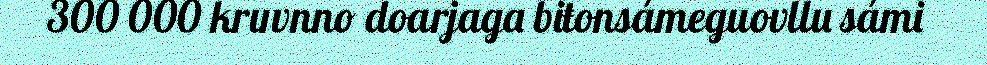
300 000 kruvnno doarjaga biŧonsámeguovllu sámi